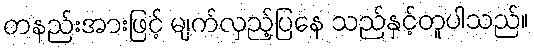
တနည်းအားဖြင့် မျက်လှည့်ပြနေ သည်နှင့်တူပါသည်။